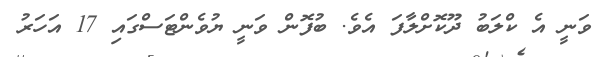
ވަނީ އެ ކްލަބު ދޫކޮށްލާފަ އެވެ. ބުފޮން ވަނީ ޔުވެންޓަސްގައި 17 އަހަރު